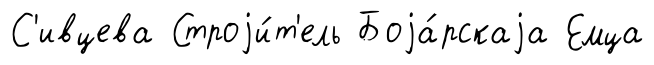
С'ивцева Строjи́т'ель Боjа́рскаjа Емца